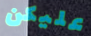
عليكن